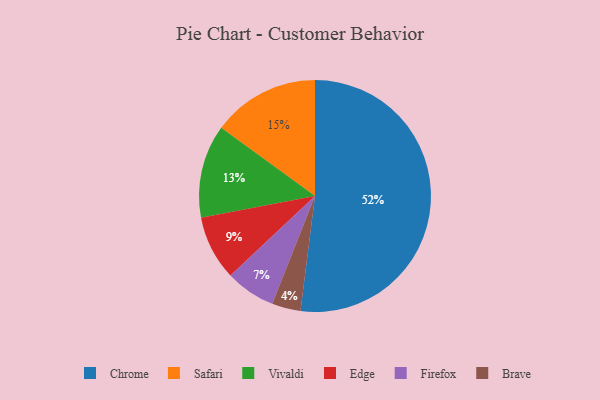
{"axis": {"x": "Category", "y": "Percentage"}, "legend": ["Brave", "Chrome", "Edge", "Firefox", "Safari", "Vivaldi"], "data": [{"x": "Edge", "y": 9, "type": "Edge"}, {"x": "Chrome", "y": 52, "type": "Chrome"}, {"x": "Brave", "y": 4, "type": "Brave"}, {"x": "Firefox", "y": 7, "type": "Firefox"}, {"x": "Vivaldi", "y": 13, "type": "Vivaldi"}, {"x": "Safari", "y": 15, "type": "Safari"}]}